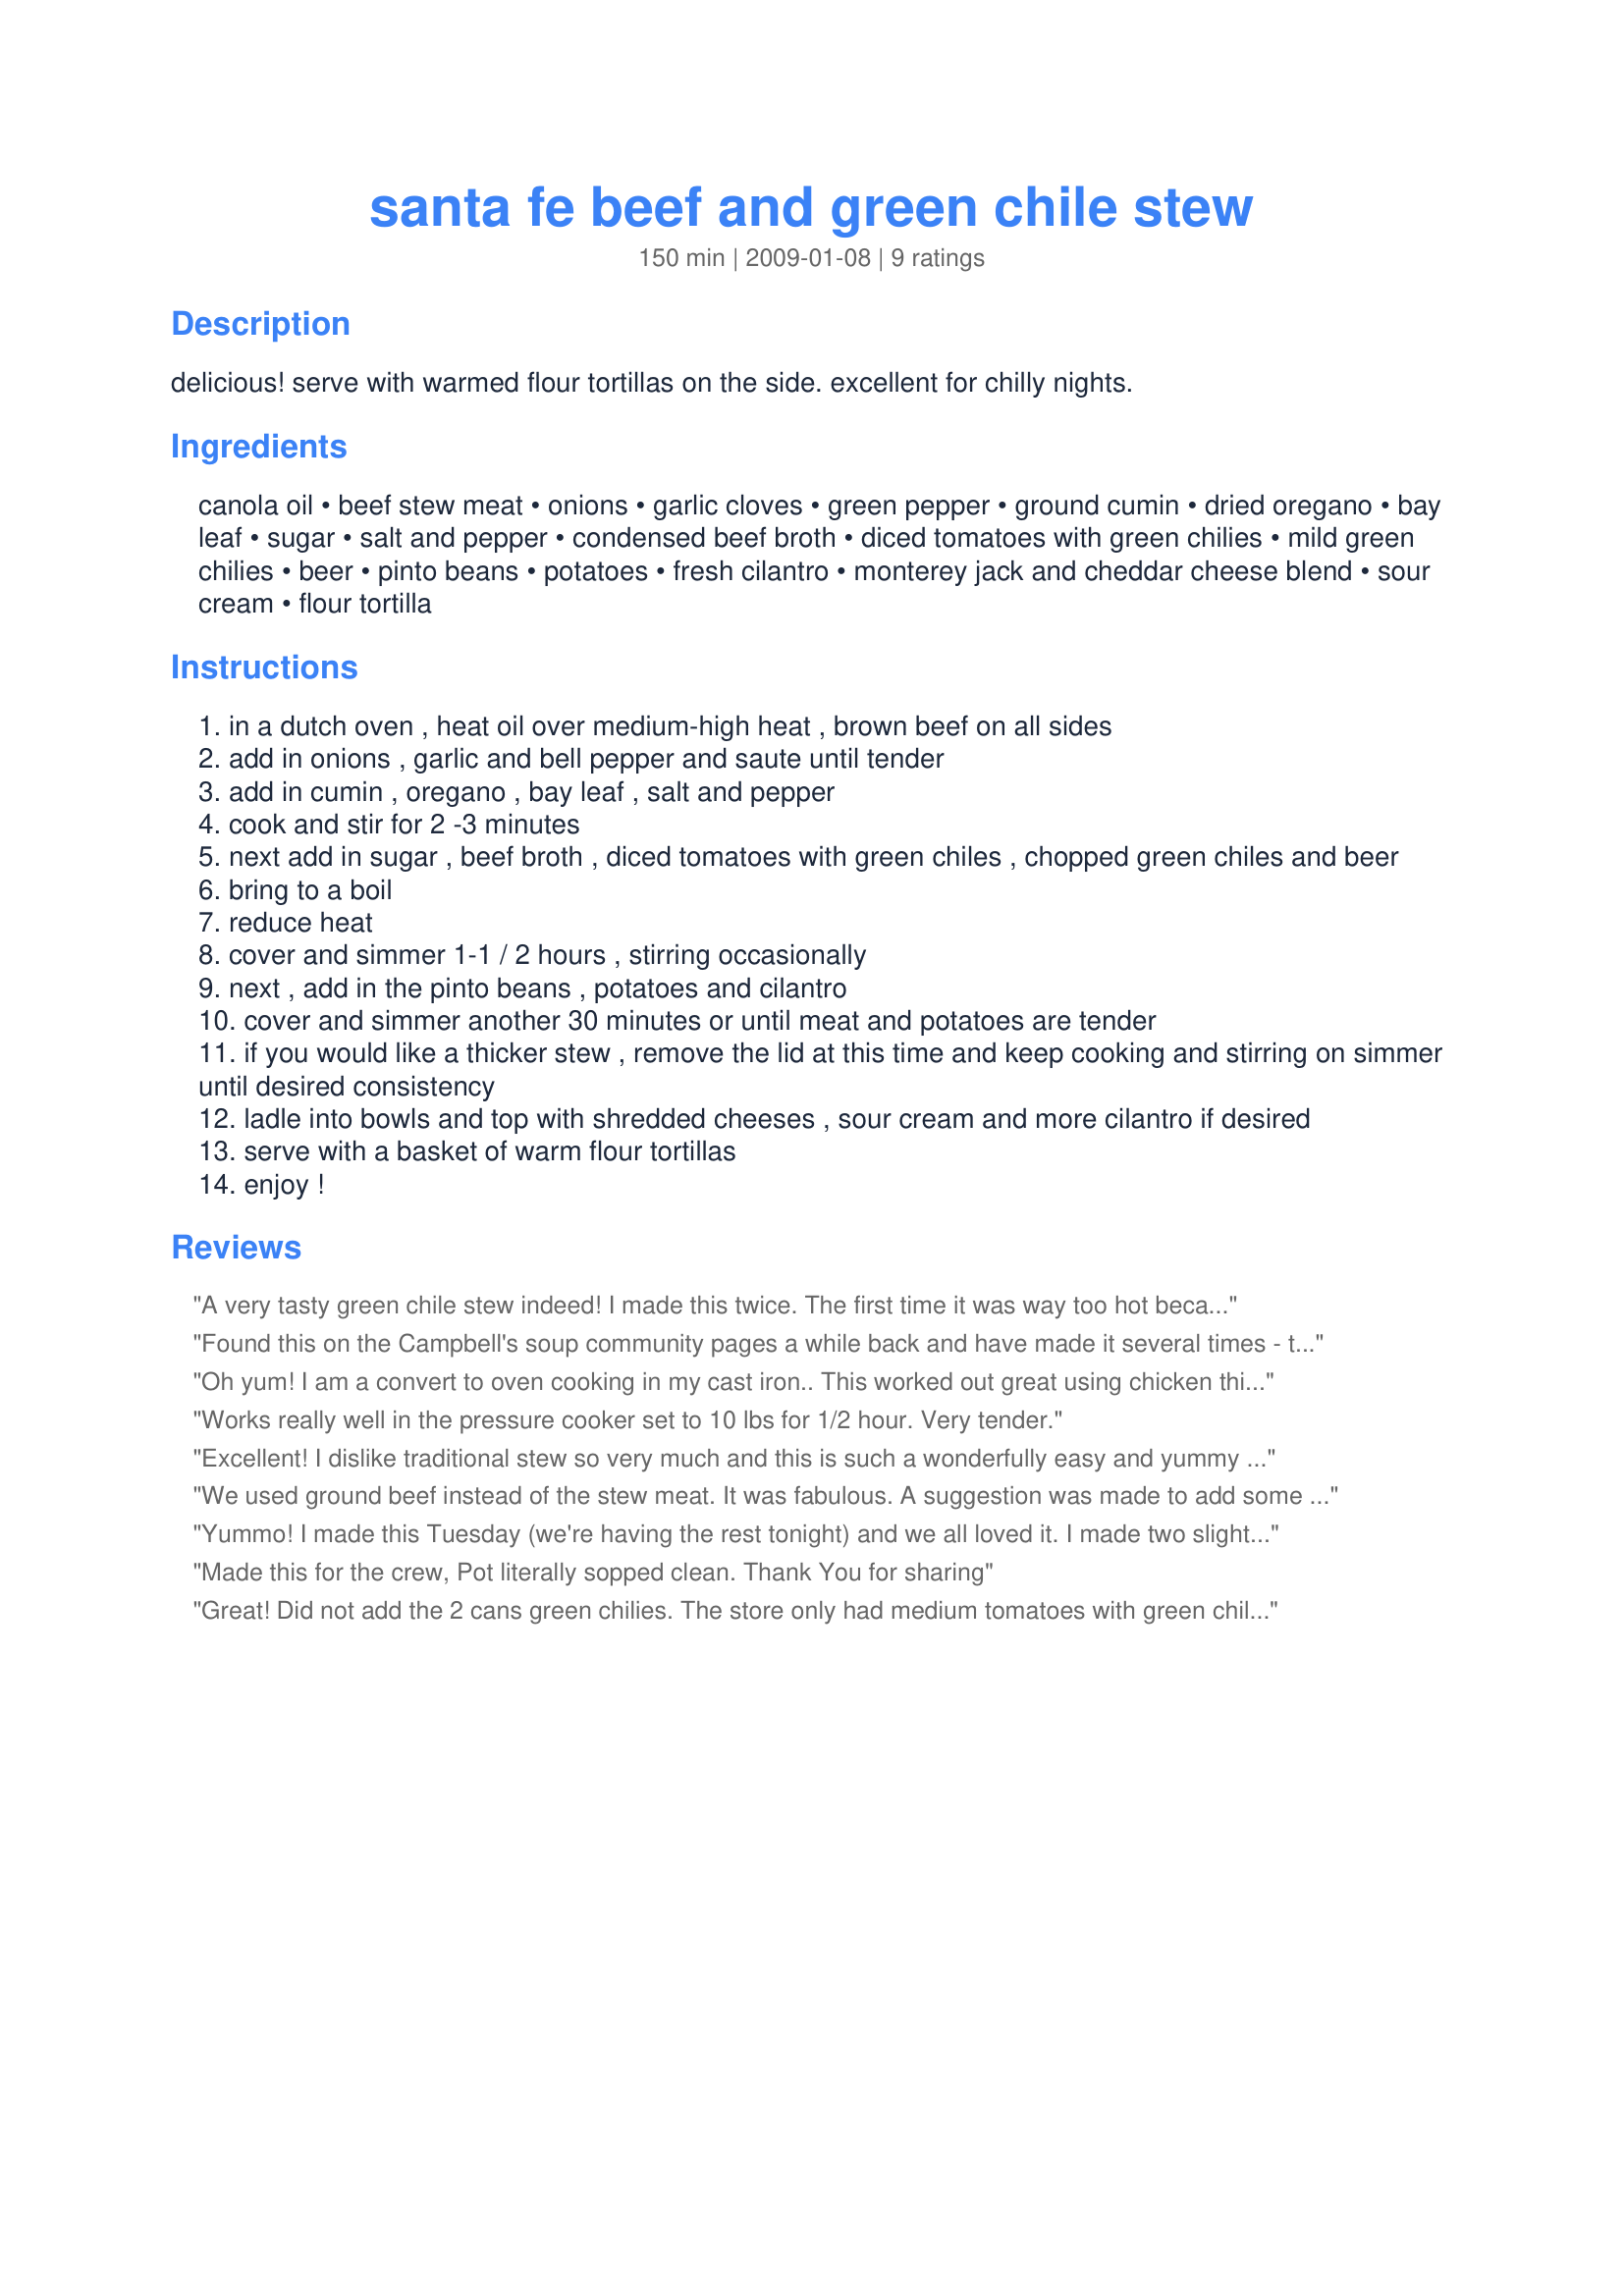
santa fe beef and green chile stew
Preparation time: 150 minutes

delicious! serve with warmed flour tortillas on the side. excellent for chilly nights.

Ingredients:
canola oil, beef stew meat, onions, garlic cloves, green pepper, ground cumin, dried oregano, bay leaf, sugar, salt and pepper, condensed beef broth, diced tomatoes with green chilies, mild green chilies, beer, pinto beans, potatoes, fresh cilantro, monterey jack and cheddar cheese blend, sour cream, flour tortilla

Steps:
in a dutch oven , heat oil over medium-high heat , brown beef on all sides
add in onions , garlic and bell pepper and saute until tender
add in cumin , oregano , bay leaf , salt and pepper
cook and stir for 2 -3 minutes
next add in sugar , beef broth , diced tomatoes with green chiles , chopped green chiles and beer
bring to a boil
reduce heat
cover and simmer 1-1 / 2 hours , stirring occasionally
next , add in the pinto beans , potatoes and cilantro
cover and simmer another 30 minutes or until meat and potatoes are tender
if you would like a thicker stew , remove the lid at this time and keep cooking and stirring on simmer until desired consistency
ladle into bowls and top with shredded cheeses , sour cream and more cilantro if desired
serve with a basket of warm flour tortillas
enjoy !

Reviews:
A very tasty green chile stew indeed! I made this twice. The first time it was way too hot because I had used some leftover beef that already had green chiles in it, so I ended up with about double the chiles. I did cool it off by adding more water and some leftover rice enough to eat it. I enjoyed it, in spite of the heat, enough to make it again according to the recipe. I really really liked it the second time. For those with tender taste buds, you may want to add the green chile at the end, tasting as you go. I used extra hot ones generously, plus tomatoes with jalapenos, so mine was still pretty spicy even though I followed the recipe. It was just the way I like it. Move over green chile chicken stew, you've got competition now.
Found this on the Campbell's soup community pages a while back and have made it several times - this is yummy stuff!
Oh yum! I am a convert to oven cooking in my cast iron.. This worked out great using chicken thighs instead of beef..In making the change I was able to feed the neighborhood on a busy week night..
Works really well in the pressure cooker set to 10 lbs for 1/2 hour.
Very tender.
Excellent! I dislike traditional stew so very much and this is such a wonderfully easy and yummy alternative with a nice southwest flare!
We used ground beef instead of the stew meat. It was fabulous. A suggestion was made to add some jalapenos and/or poblano chilies next time.&lt;br/&gt;&lt;br/&gt;It was truly a great meal to make in our dutch oven over the campfire.
Yummo! I made this Tuesday (we're having the rest tonight) and we all loved it. I made two slight changes - I left out the sugar, and used just plain fire-roasted tomatoes instead of tomatoes w/ green chilies. Turned out great - the meat & potatoes were cooked to perfection and the taste was great.
Thanks!
Made this for the crew, Pot literally sopped clean. Thank You for sharing
Great! Did not add the 2 cans green chilies. The store only had medium tomatoes with green chilies. Found after adding, that was hot enough for my family. Delicious! Will make again.
